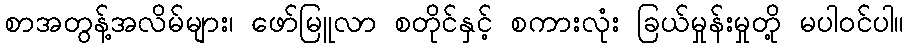
စာအတွန့်အလိမ်များ၊ ဖော်မြူလာ စတိုင်နှင့် စကားလုံး ခြယ်မှုန်းမှုတို့ မပါဝင်ပါ။